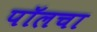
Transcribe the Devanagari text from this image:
पॉलचा